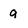
Character: q